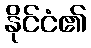
နိုင်ငံ၏